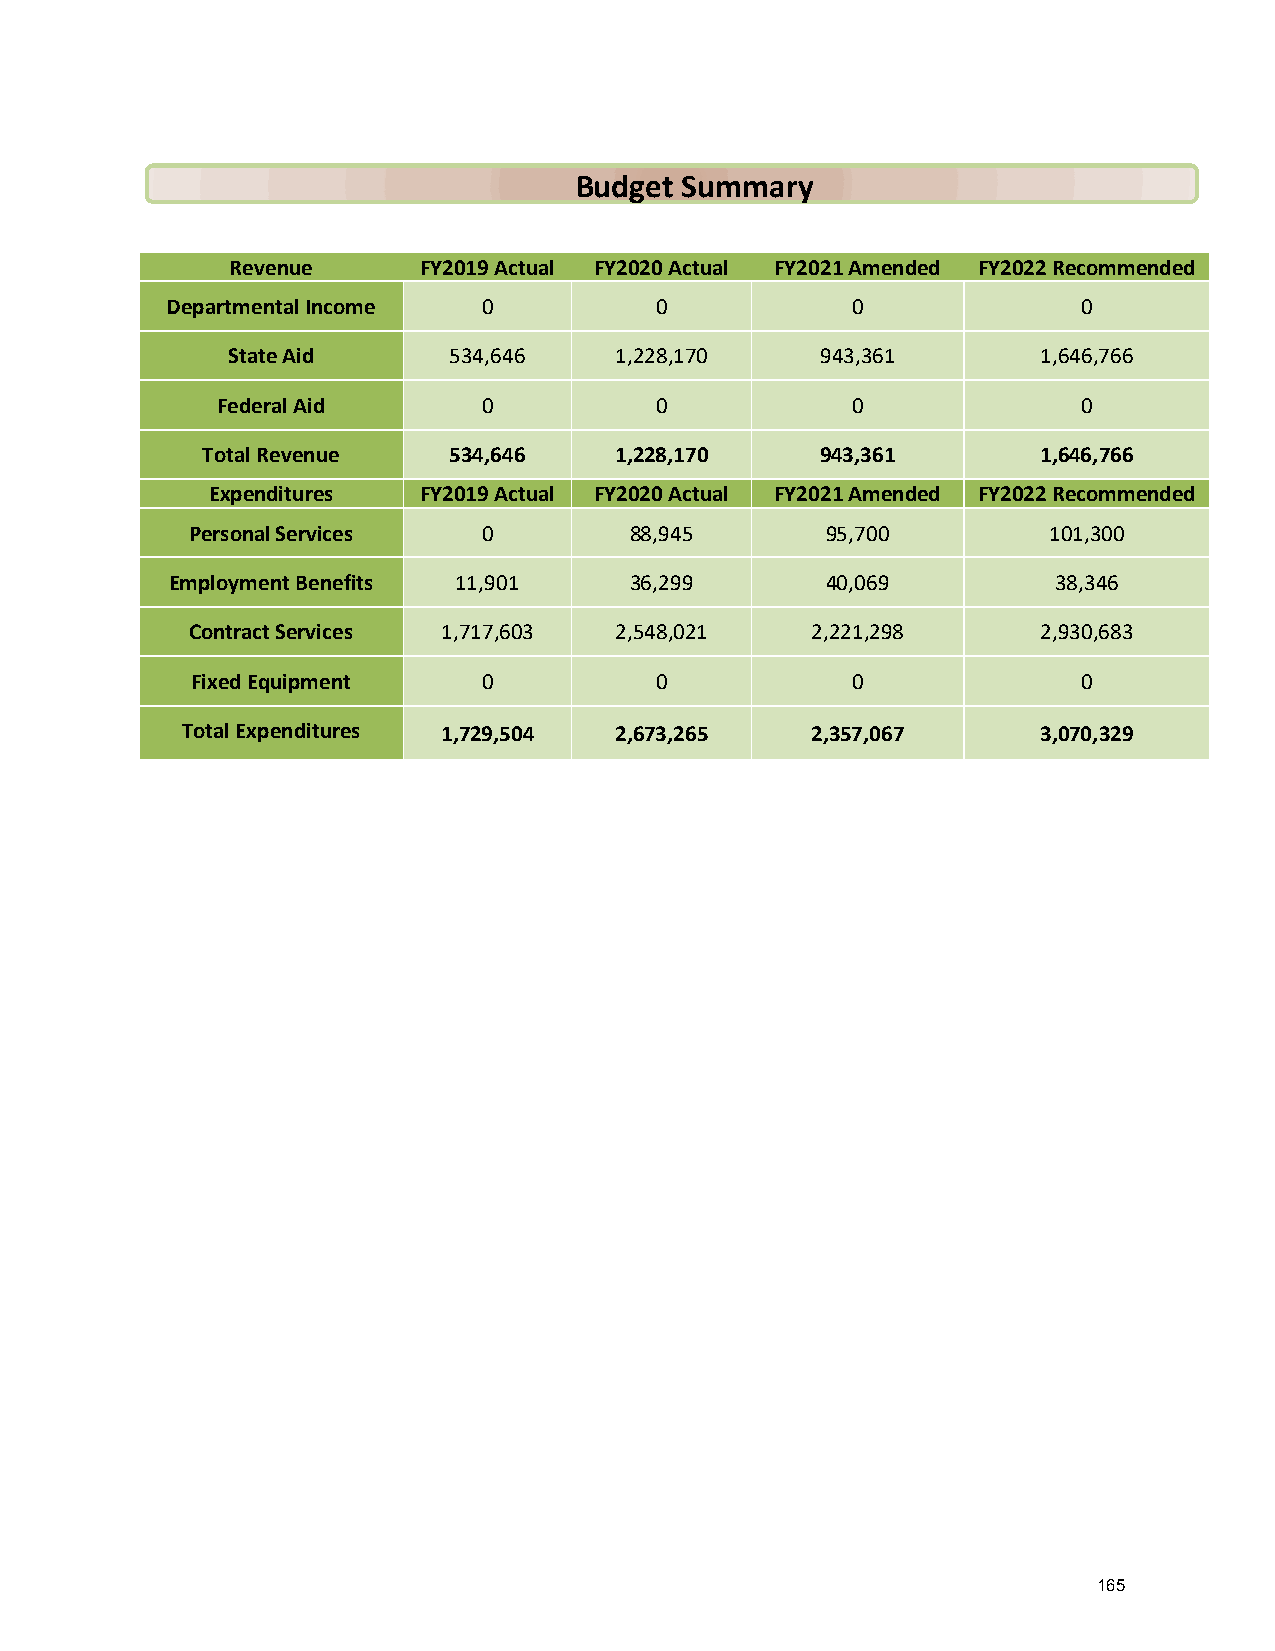
Budget Summary
 Revenue      FY2019 Actual FY2020 Actual FY2021 Amended FY2022 Recommended
 Departmental Income  0          0            0               0
 State Aid      534,646    1,228,170    943,361        1,646,766
 Federal Aid       0          0            0               0
 Total Revenue    534,646    1,228,170    943,361        1,646,766
 Expenditures  FY2019 Actual FY2020 Actual FY2021 Amended FY2022 Recommended
 Personal Services   0         88,945       95,700        101,300
 Employment Benefits 11,901     36,299       40,069         38,346
 Contract Services 1,717,603  2,548,021    2,221,298      2,930,683
 Fixed Equipment    0          0            0               0
 Total Expenditures 1,729,504 2,673,265    2,357,067      3,070,329
 165